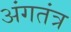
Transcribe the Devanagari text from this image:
अंगतंत्र